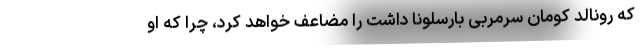
که رونالد کومان سرمربی بارسلونا داشت را مضاعف خواهد کرد، چرا که او